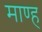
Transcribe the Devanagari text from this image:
माण्ह